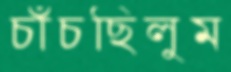
চাঁচছিলুম